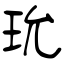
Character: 玧